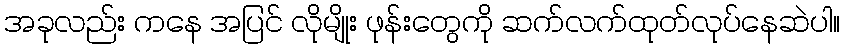
အခုလည်း ကနေ အပြင် လိုမျိုး ဖုန်းတွေကို ဆက်လက်ထုတ်လုပ်နေဆဲပါ။